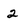
Character: 2